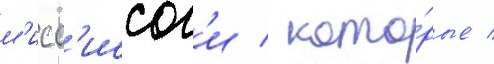
м'исс'иссог'и / кото́рые /